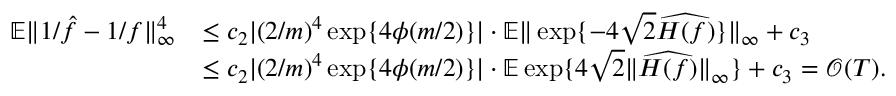
\begin{array} { r l } { \mathbb { E } \| 1 / \hat { f } - 1 / f \| _ { \infty } ^ { 4 } } & { \leq c _ { 2 } | ( 2 / m ) ^ { 4 } \exp \{ 4 \phi ( m / 2 ) \} | \cdot \mathbb { E } \| \exp \{ - 4 \sqrt { 2 } \widehat { H ( f ) } \} \| _ { \infty } + c _ { 3 } } \\ & { \leq c _ { 2 } | ( 2 / m ) ^ { 4 } \exp \{ 4 \phi ( m / 2 ) \} | \cdot \mathbb { E } \exp \{ 4 \sqrt { 2 } \| \widehat { H ( f ) } \| _ { \infty } \} + c _ { 3 } = \mathcal { O } ( T ) . } \end{array}